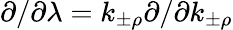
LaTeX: \partial/\partial\lambda=k_{\pm\rho}\partial/\partial k_{\pm\rho}